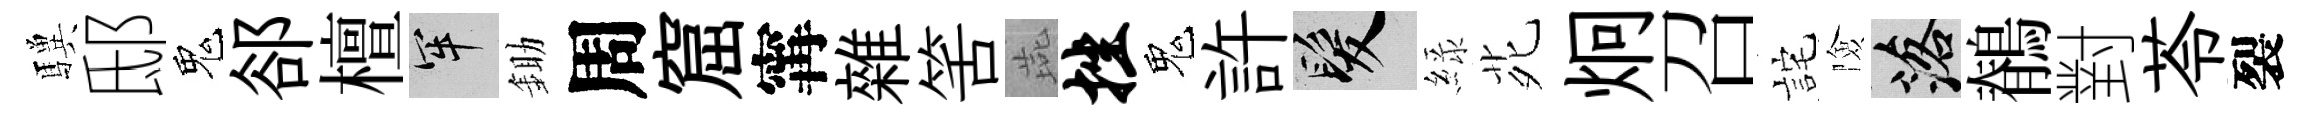
驥邸鬼郤檀牢鋤周窟𡩋雜筈燕挫鬼許髮緑𫟍炯召詫險落鶺對苓裂